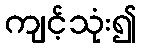
ကျင့်သုံး၍